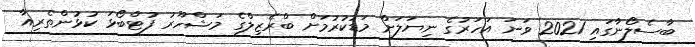
ބާސެލޯނާގައި 2021 ވަނަ އަހަރުގެ ނިޔަލަށް މަޑުކުރުމަށް ބްރެޒިލްގެ މަޝްހޫރު ފުޓްބޯޅަ ކުޅުންތެރިއާ